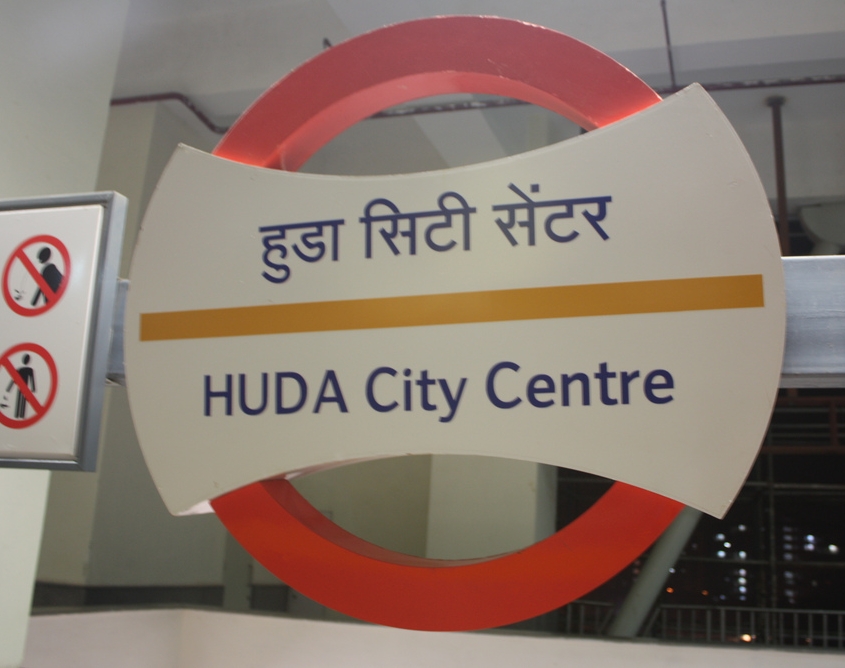
Language: hindi
Transcription: सेंटर हुडा सिटी